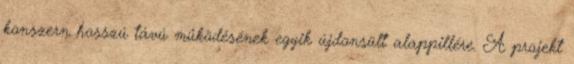
konszern hosszú távú működésének egyik újdonsült alappillére. A projekt